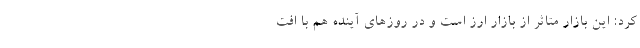
کرد: این بازار متاثر از بازار ارز است و در روزهای آینده هم با افت